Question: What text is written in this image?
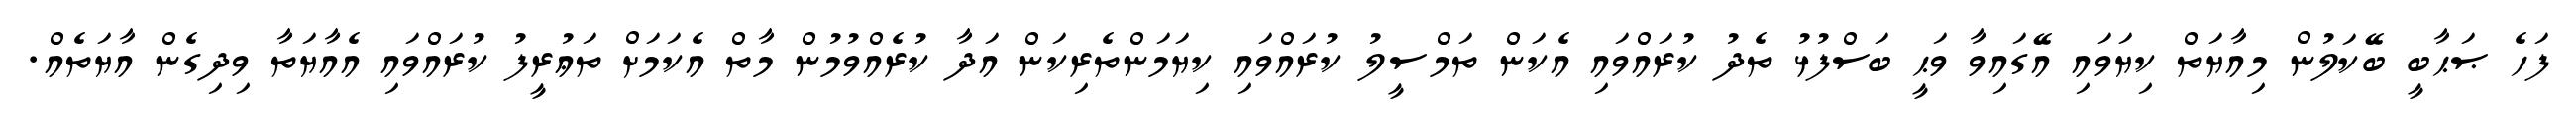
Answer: ފަހެ ޞަޙާބީ ބޭކަލުން މިއާޔަތް ކިޔަވައި އޭގައިވާ ވަޙީ ބަސްފުޅު ތެދު ކުރައްވައި އެކަން ތަމްސީލު ކުރައްވައި ކިޔަމަންތެރިކަން އަދާ ކުރެއްވުމުން މާތް އެކަމަށް ތަޢުރީފު ކުރައްވައި އެއާޔަތާ ވިދިގެން އާޔަތެއް.